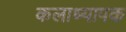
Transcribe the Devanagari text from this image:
कलाध्यापक